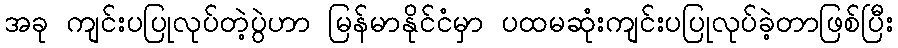
အခု ကျင်းပပြုလုပ်တဲ့ပွဲဟာ မြန်မာနိုင်ငံမှာ ပထမဆုံးကျင်းပပြုလုပ်ခဲ့တာဖြစ်ပြီး